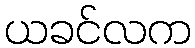
ယခင်လက